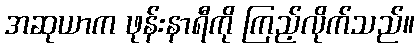
အဆုယာက ဖုန်းနာရီကို ကြည့်လိုက်သည်။